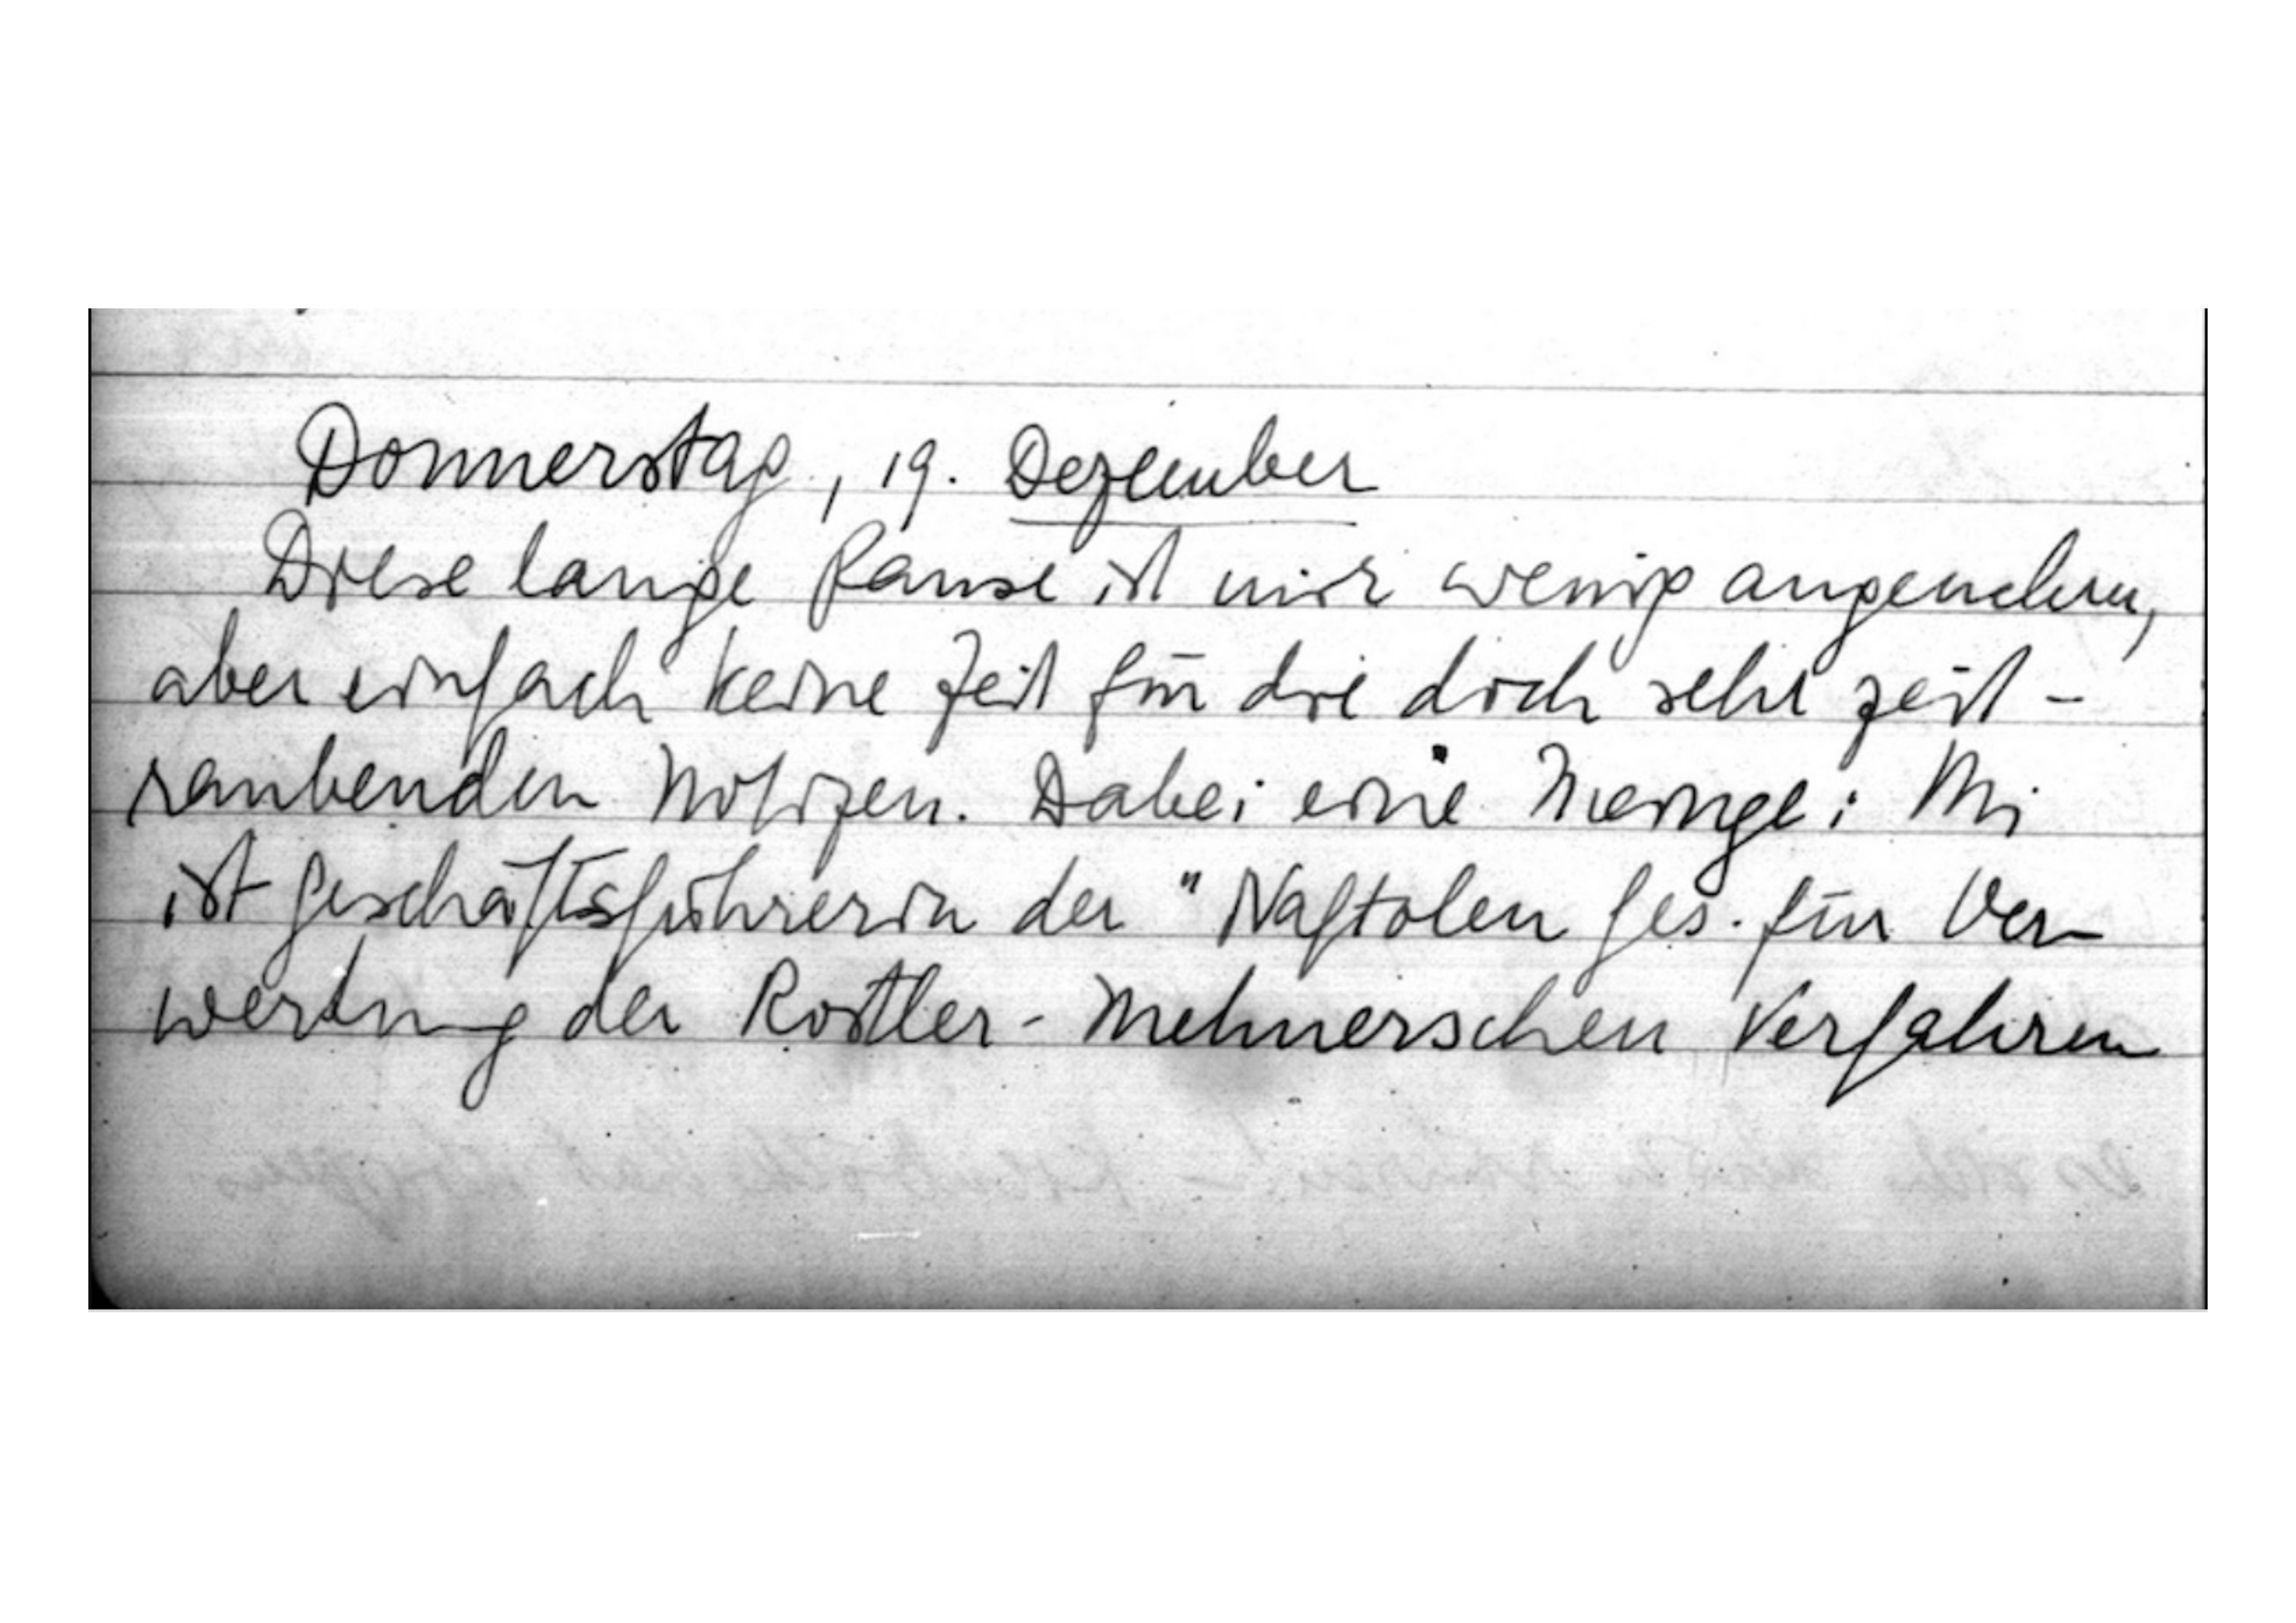
Donnerstag, 19. Dezember
Diese lange Pause ist mir wenig angenehm,
aber einfach keine Zeit für die doch sehr zeit

raubenden Notizen. Dabei eine Menge: Mi
ist Geschäftsführerin der „Naftolen Ges. für Ver
wertung der Rostler-Mehnerschen Verfahren